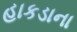
હાકડાના